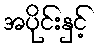
အပိုင်းနှင့်